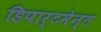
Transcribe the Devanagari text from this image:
डिपार्टमेन्त